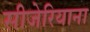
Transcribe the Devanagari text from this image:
सीजेरियाना